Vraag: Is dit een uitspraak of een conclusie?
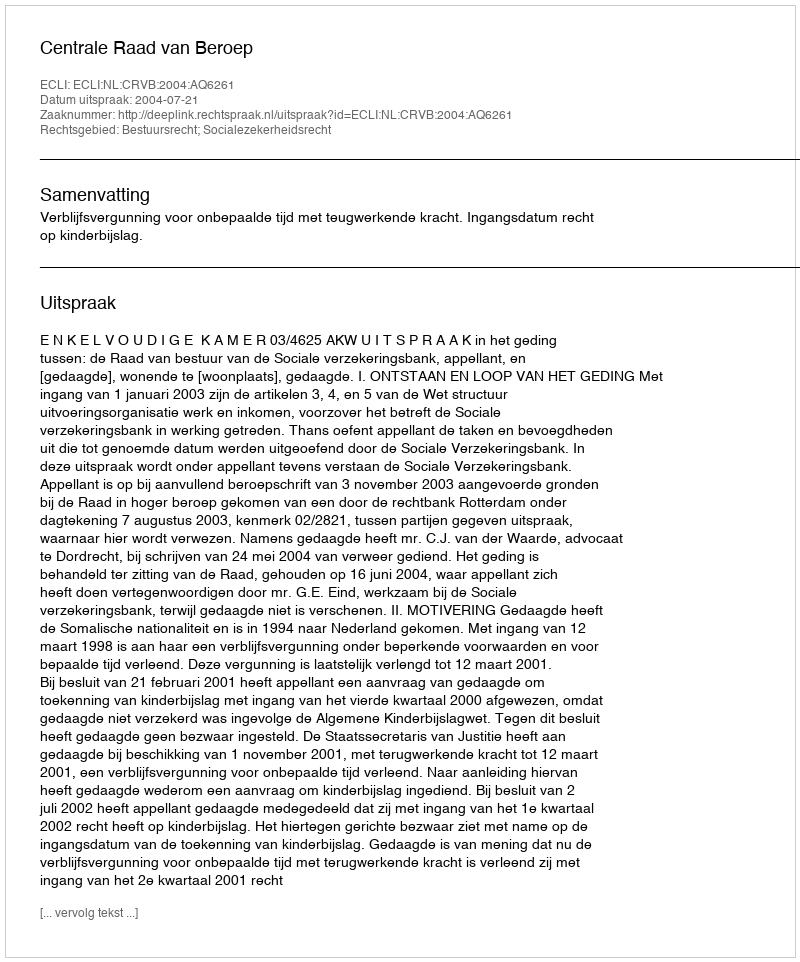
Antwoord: Uitspraak